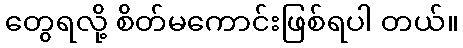
တွေရလို့ စိတ်မကောင်းဖြစ်ရပါ တယ်။